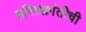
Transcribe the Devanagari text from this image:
हरितक्रांतीची